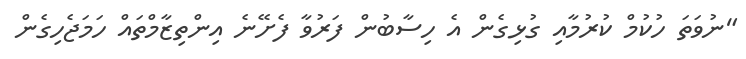
"ނުވަތަ ހުކުމް ކުރުމާއި ގުޅިގެން އެ ހިސާބުން ފަރުވާ ފެށޭނެ އިންތިޒާމްތައް ހަމަޖެހިގެން